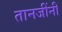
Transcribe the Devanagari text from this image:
तानजींनी